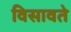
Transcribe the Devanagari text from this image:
विसावते